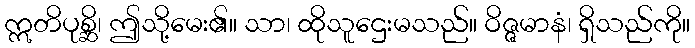
ဣတိပုစ္ဆိ၊ ဤသို့မေး၏။ သာ၊ ထိုသူဌေးမသည်။ ဝိဇ္ဇမာနံ၊ ရှိသည်ကို။